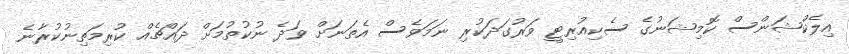
އިލެކްޝަންސް ކޮމިޝަނުގެ ސެކިއުރިޓީ ވަރުގަދަކުރި ނަމަވެސް އެތަނަށް ވަދެ ނުކުތުމަށް ދައްޗެއް ކުރިމަތިނުކުރާނެ